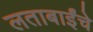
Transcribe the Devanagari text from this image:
लताबाईंचे